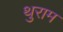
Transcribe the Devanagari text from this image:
थुराम